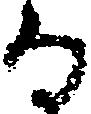
な